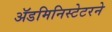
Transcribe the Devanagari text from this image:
ॲडमिनिस्टेटरने